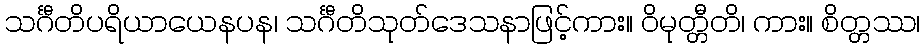
သင်္ဂီတိပရိယာယေနပန၊ သင်္ဂီတိသုတ်ဒေသနာဖြင့်ကား။ ဝိမုတ္တီတိ၊ ကား။ စိတ္တဿ၊